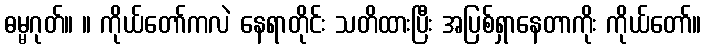
ဓမ္မဂုတ်။ ။ ကိုယ်တော်ကလဲ နေရာတိုင်း သတိထားပြီး အပြစ်ရှာနေတာကိုး ကိုယ်တော်။